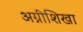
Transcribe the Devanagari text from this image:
अग्नीशिखा